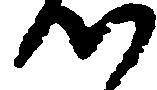
つ